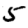
Digit: 5